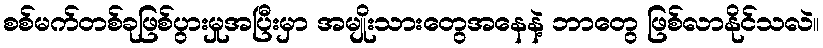
စစ်မက်တစ်ခုဖြစ်ပွားမှုအပြီးမှာ အမျိုးသားတွေအနေနဲ့ ဘာတွေ ဖြစ်လာနိုင်သလဲ။